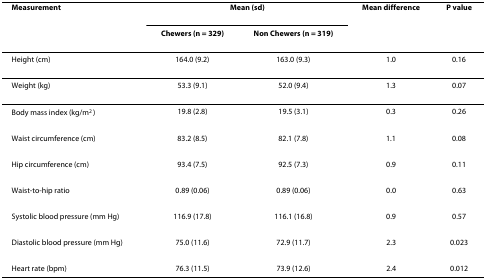
<table><thead><tr><td><b>Measurement</b></td><td colspan="2"><b>Mean (sd)</b></td><td><b>Mean difference</b></td><td><b>P value</b></td></tr><tr><td></td><td><b>Chewers (n = 329)</b></td><td><b>Non Chewers (n = 319)</b></td><td></td><td></td></tr></thead><tbody><tr><td>Height (cm)</td><td>164.0 (9.2)</td><td>163.0 (9.3)</td><td>1.0</td><td>0.16</td></tr><tr><td>Weight (kg)</td><td>53.3 (9.1)</td><td>52.0 (9.4)</td><td>1.3</td><td>0.07</td></tr><tr><td>Body mass index (kg/m<sup>2 </sup>)</td><td>19.8 (2.8)</td><td>19.5 (3.1)</td><td>0.3</td><td>0.26</td></tr><tr><td>Waist circumference (cm)</td><td>83.2 (8.5)</td><td>82.1 (7.8)</td><td>1.1</td><td>0.08</td></tr><tr><td>Hip circumference (cm)</td><td>93.4 (7.5)</td><td>92.5 (7.3)</td><td>0.9</td><td>0.11</td></tr><tr><td>Waist-to-hip ratio</td><td>0.89 (0.06)</td><td>0.89 (0.06)</td><td>0.0</td><td>0.63</td></tr><tr><td>Systolic blood pressure (mm Hg)</td><td>116.9 (17.8)</td><td>116.1 (16.8)</td><td>0.9</td><td>0.57</td></tr><tr><td>Diastolic blood pressure (mm Hg)</td><td>75.0 (11.6)</td><td>72.9 (11.7)</td><td>2.3</td><td>0.023</td></tr><tr><td>Heart rate (bpm)</td><td>76.3 (11.5)</td><td>73.9 (12.6)</td><td>2.4</td><td>0.012</td></tr></tbody></table>